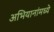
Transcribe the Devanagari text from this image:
अभियानांमध्ये